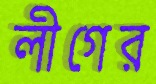
লীগের